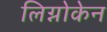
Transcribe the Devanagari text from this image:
लिग्नोकेन